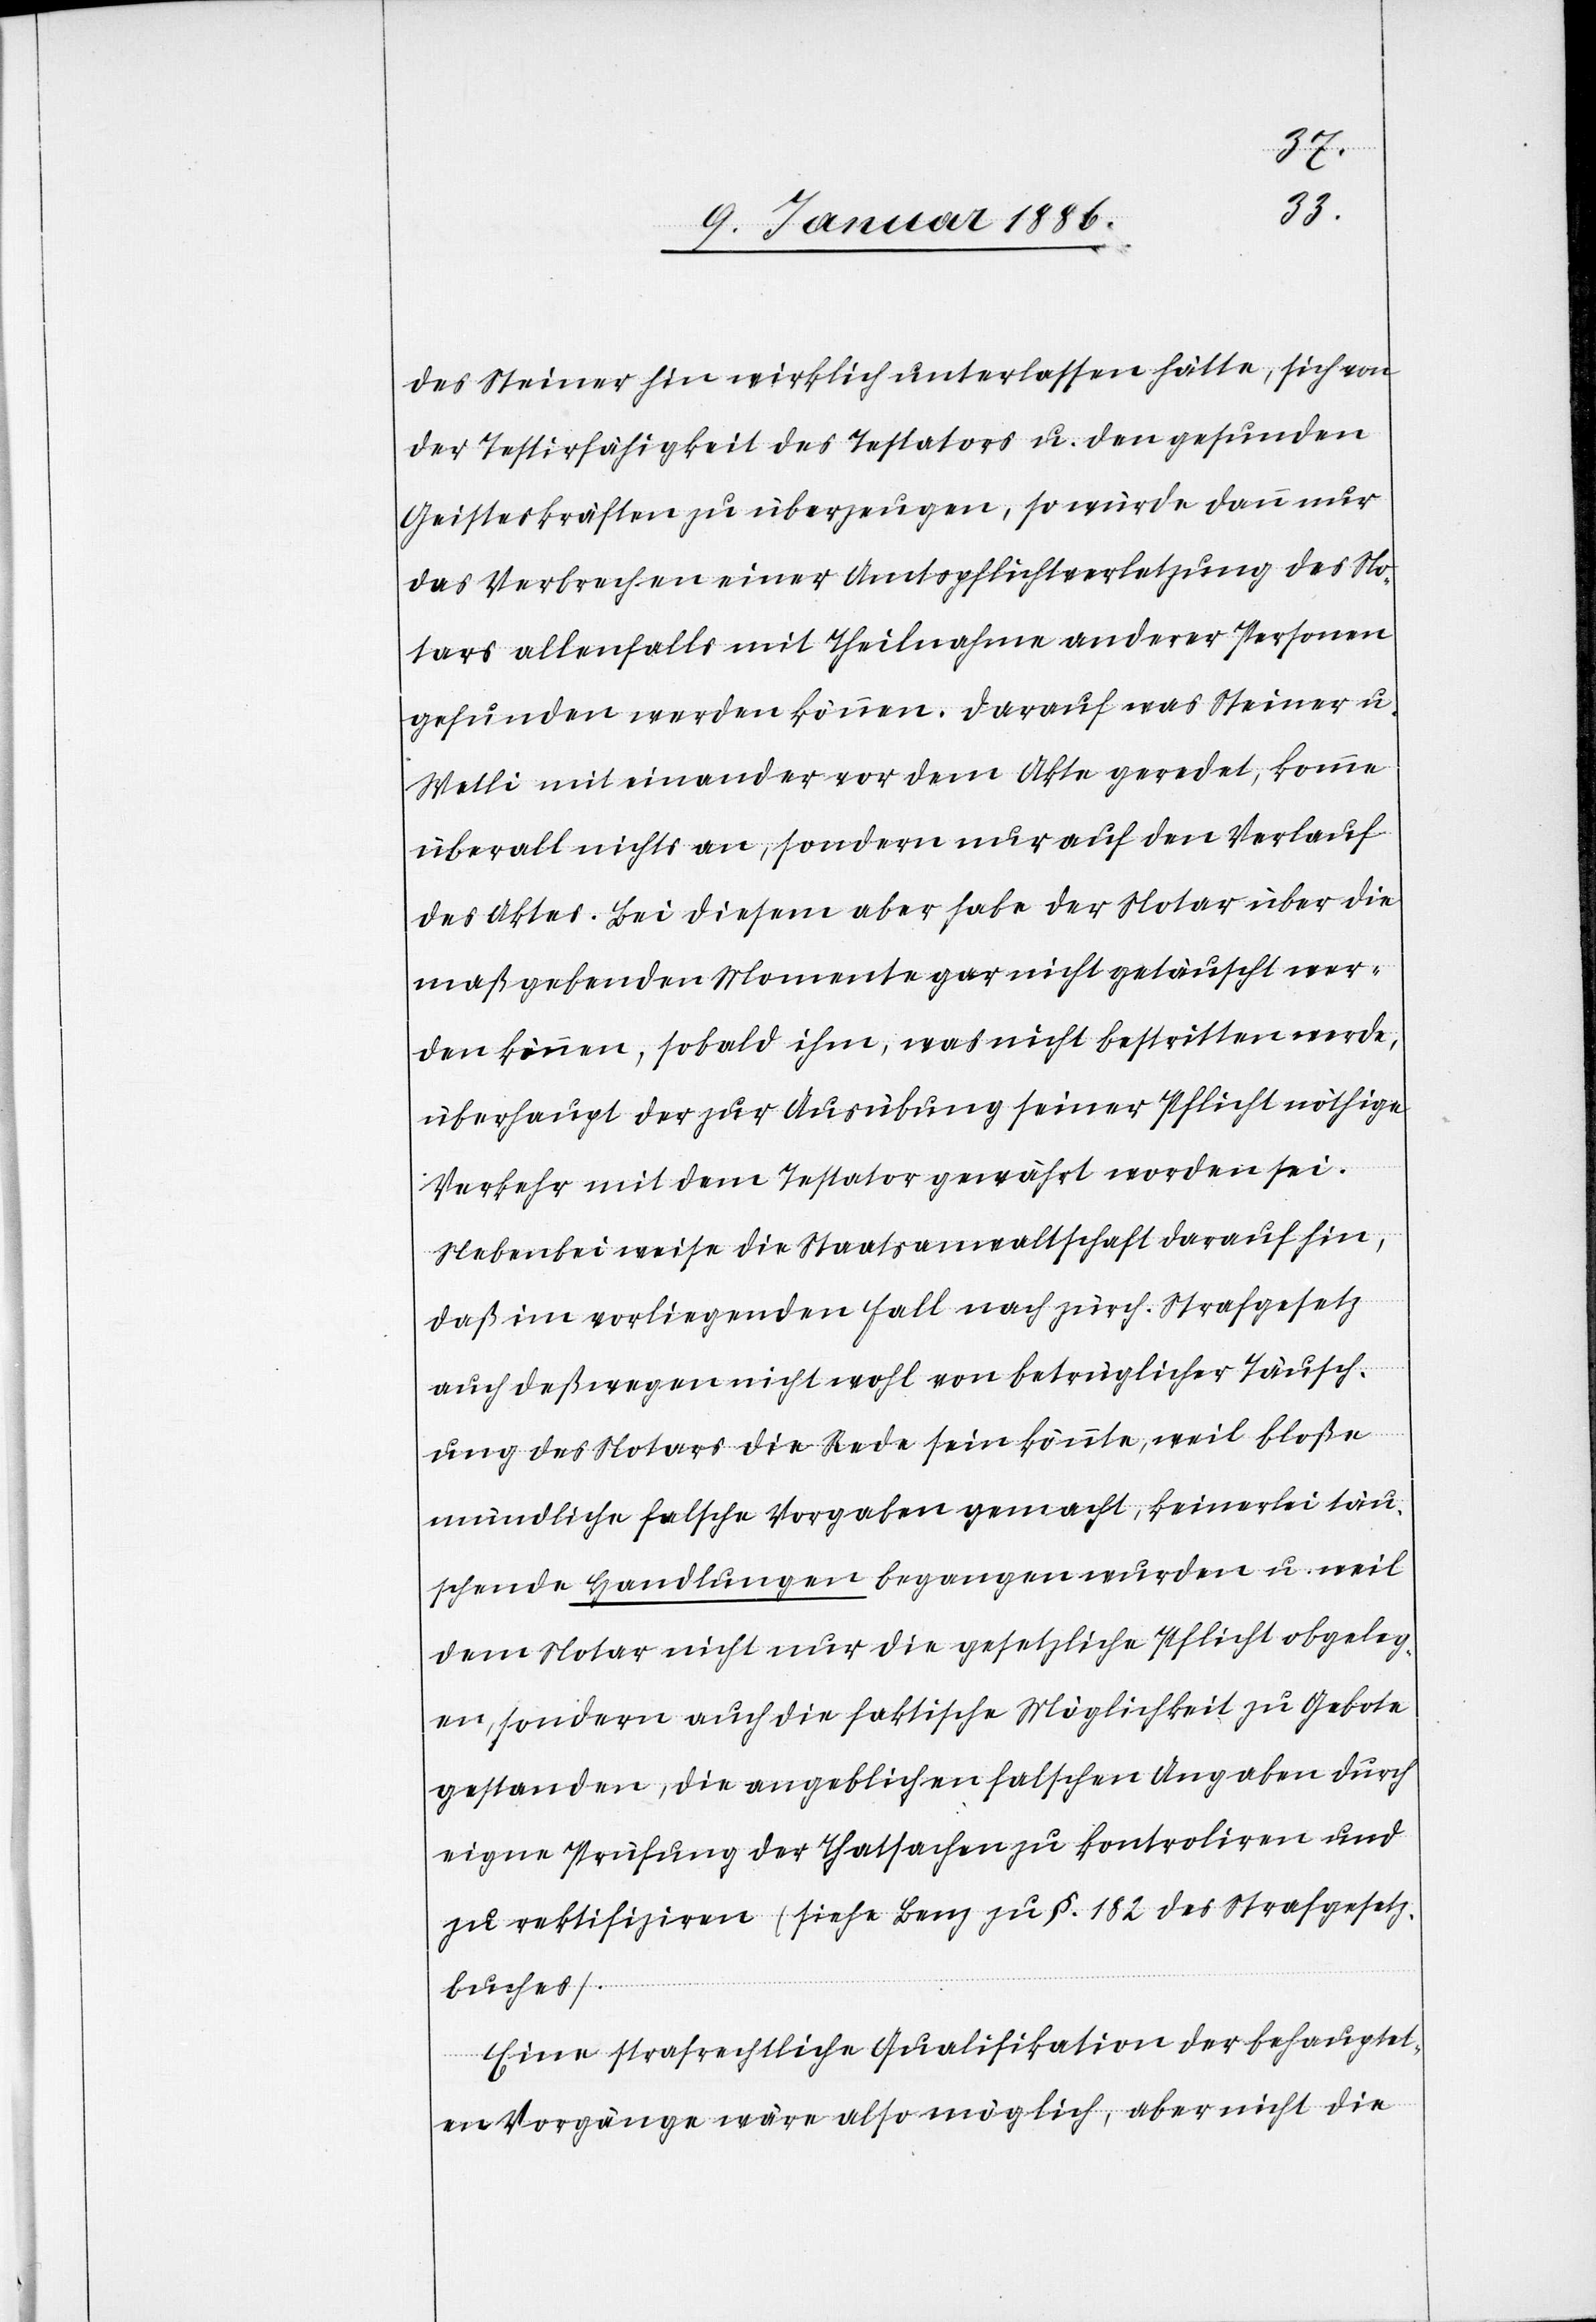
des Steiner hin wirklich unterlassen hätte, sich von
der Testirfähigkeit des Testators u. den gesunden
Geisteskräften zu überzeugen, so würde dann nur
das Verbrechen einer Amtspflichtverletzung des No¬
tars allenfalls mit Theilungen anderer Personen
gefunden werden können. Darauf was Steiner u.
Wetli mit einander vor dem Akte geredet, komme
überall nichts an, sondern nur auf den Verlauf
des Aktes. Bei diesem aber habe der Notar über die
maßgebenden Momente gar nicht getäuscht wer¬
den können, sobald ihm, was nicht bestritten werde,
überhaupt der zur Ausübung seiner Pflicht nöthige
Verkehr mit dem Testator gewährt worden sei.
Nebenbei weise die Staatsanwaltschaft darauf hin,
daß im vorliegenden Fall nach zürch. Strafgesetz
auch deßwegen nicht wohl von betruglicher Täusch¬
ung des Notars die Rede sein könnte, weil bloße
mündliche falsche Vorgaben gemacht, keinerlei täu¬
schende Handlungen begangen wurden u. weil
dem Notar nicht nur die gesetzliche Pflicht obleg¬
en, sondern auch die faktische Möglichkeit zu Gebote
gestanden, die angeblichen falschen Angaben durch
eigene Prüfung der Thatsachen zu kontrolliren und
zu rektifiziren (siehe Benz zu §. 182 des Strafgesetz¬
buches).
Eine strafrechtliche Qualifikation der behauptet¬
en Vorgänge wäre also möglich, aber nicht die